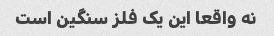
نه واقعا این یک فلز سنگین است